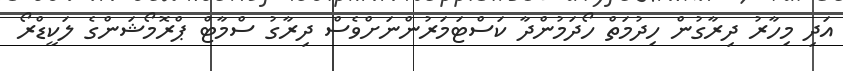
އަދި މިހާރު ދިރާގުން ހިދުމަތް ހޯދަމުންދާ ކަސްޓަމަރުންނަށްވެސް ދިރާގު ސްމާޓް ޕްރޮމޯޝަންގެ ލަކީޑްރޯ